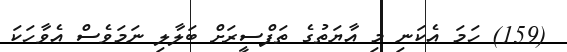
(159) ހަމަ އެކަނި މި އާޔަތުގެ ތަފްސީރަށް ބަލާލި ނަމަވެސް އެވާހަކަ